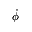
\dot { \phi }